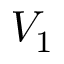
V _ { 1 }